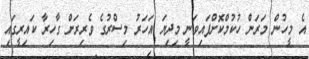
އެ މީހުން މަރަން ހުކުމްކޮށްފައިވަނީ މިދިޔަ އަހަރު މިސްރުގެ ވެރިރަށް ގާހިރާ ކައިރީގައި